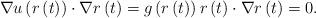
LaTeX: \begin{align*}\nabla u\left( r\left( t\right) \right) \cdot\nabla r\left( t\right)=g\left( r\left( t\right) \right) r\left( t\right) \cdot\nabla r\left(t\right) =0.\end{align*}